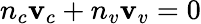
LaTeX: n_{c}\mathbf{v}_{c}+n_{v}\mathbf{v}_{v}=0